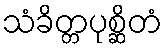
သံခိတ္တပုစ္ဆိတံ